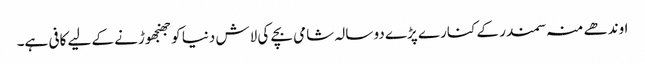
اوندھے منہ سمندر کے کنارے پڑے دو سالہ شامی بچے کی لاش دنیا کو جھنجھوڑنے کے لیے کافی ہے۔